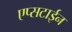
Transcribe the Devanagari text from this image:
एप्सटाईन